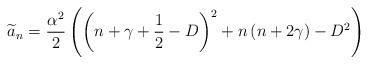
LaTeX: \begin{align*}\widetilde{a}_{n}=\frac{\alpha ^{2}}{2}\left( \left( n+\gamma +\frac{1}{2}-D\right) ^{2}+n\left( n+2\gamma \right) -D^{2}\right) \end{align*}